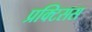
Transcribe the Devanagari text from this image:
प्रक्टिसस